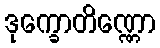
ဒုက္ခောတိဏ္ဏော